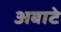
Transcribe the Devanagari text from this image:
अबाटे